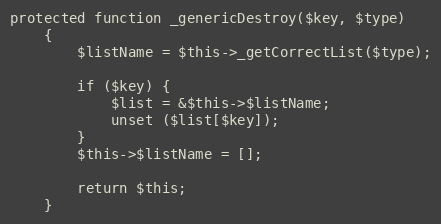
Language: PHP
protected function _genericDestroy($key, $type)
    {
        $listName = $this->_getCorrectList($type);

        if ($key) {
            $list = &$this->$listName;
            unset ($list[$key]);
        }
        $this->$listName = [];

        return $this;
    }